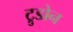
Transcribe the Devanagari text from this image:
ट्रुडोन